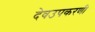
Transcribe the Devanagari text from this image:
देवउपकरणी